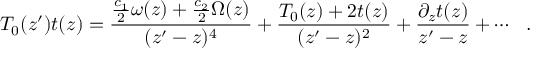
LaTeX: T _ { 0 } ( z ^ { \prime } ) t ( z ) = \frac { \frac { c _ { 1 } } { 2 } \omega ( z ) + \frac { c _ { 2 } } { 2 } \Omega ( z ) } { ( z ^ { \prime } - z ) ^ { 4 } } + \frac { T _ { 0 } ( z ) + 2 t ( z ) } { ( z ^ { \prime } - z ) ^ { 2 } } + \frac { \partial _ { z } t ( z ) } { z ^ { \prime } - z } + \cdots \: \: \: .